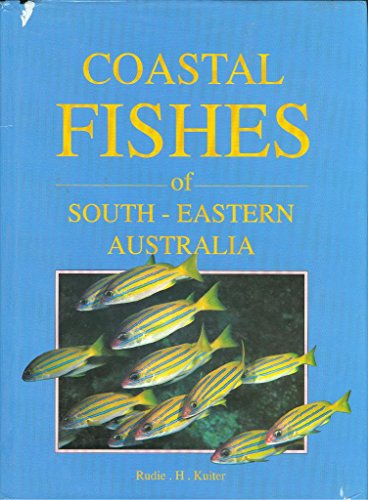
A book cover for Coastal Fishes of South-Eastern Australia; Rudie H. Kuiter; Sports & Outdoors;